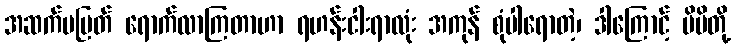
အဆက်မပြတ် ရောက်လာကြတာဟာ ရဟန်းငါးရာလုံး အကုန် စုံပါရောတဲ့၊ ဒါကြောင့် မိမိတို့